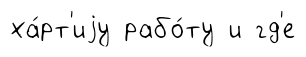
ха́рт'иjу рабо́ту и гд'е